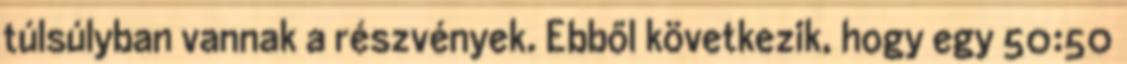
túlsúlyban vannak a részvények. Ebből következik, hogy egy 50:50